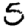
Digit: 5